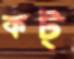
কট্‌